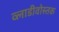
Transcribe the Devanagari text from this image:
व्लाडीवोस्तक